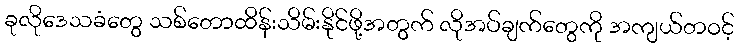
ခုလိုဒေသခံတွေ သစ်တောထိန်းသိမ်းနိုင်ဖို့အတွက် လိုအပ်ချက်တွေကို အကျယ်တဝင့်